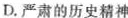
D.严肃的历史精神